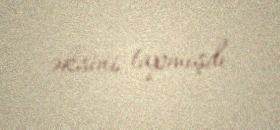
əksini tapmışdı.